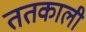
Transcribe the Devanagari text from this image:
ततकाली